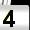
Digit: 4